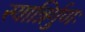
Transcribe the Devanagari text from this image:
स्यान्निर्गुणः